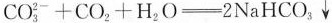
$$CO_{3}^{2-}+CO_{2}+H_{2}O\xlongequal [] {}2NaHCO_{3}\downarrow$$